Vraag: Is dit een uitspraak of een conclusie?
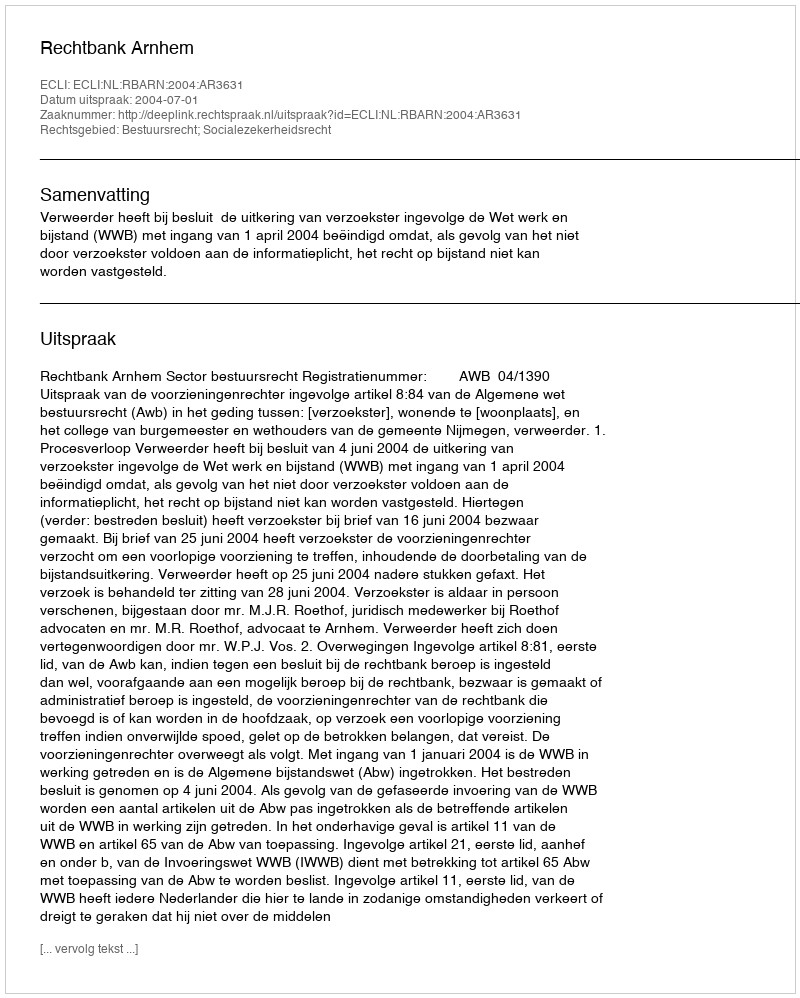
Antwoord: Uitspraak